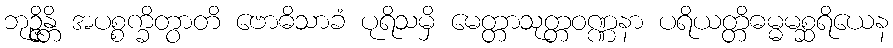
ဘုဉ္ဇိန္တိ အပစ္စက္ခိတွာတိ ဗောဓိသာခံ ပုရိသမှိ မေတ္တာသုတ္တဝဏ္ဏနာ ပရိယတ္တိဓမ္မမစ္ဆရိယေန